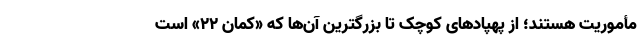
مأموریت هستند؛ از پهپاد‌های کوچک تا بزرگترین آن‌ها که «کمان ۲۲» است